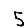
Digit: 5